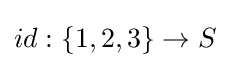
id:\{1,2,3\}\to S